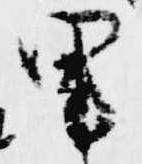
里